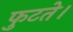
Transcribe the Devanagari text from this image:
फुटते।